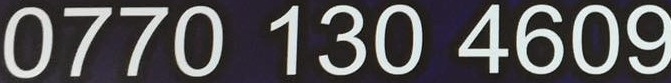
0770 130 4609